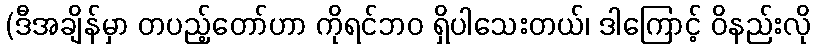
(ဒီအချိန်မှာ တပည့်တော်ဟာ ကိုရင်ဘဝ ရှိပါသေးတယ်၊ ဒါကြောင့် ဝိနည်းလို